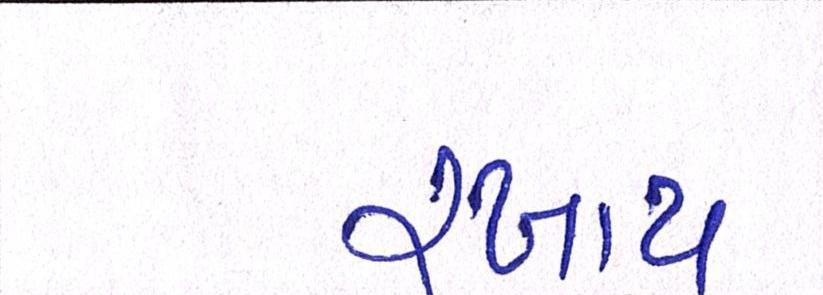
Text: રખાય